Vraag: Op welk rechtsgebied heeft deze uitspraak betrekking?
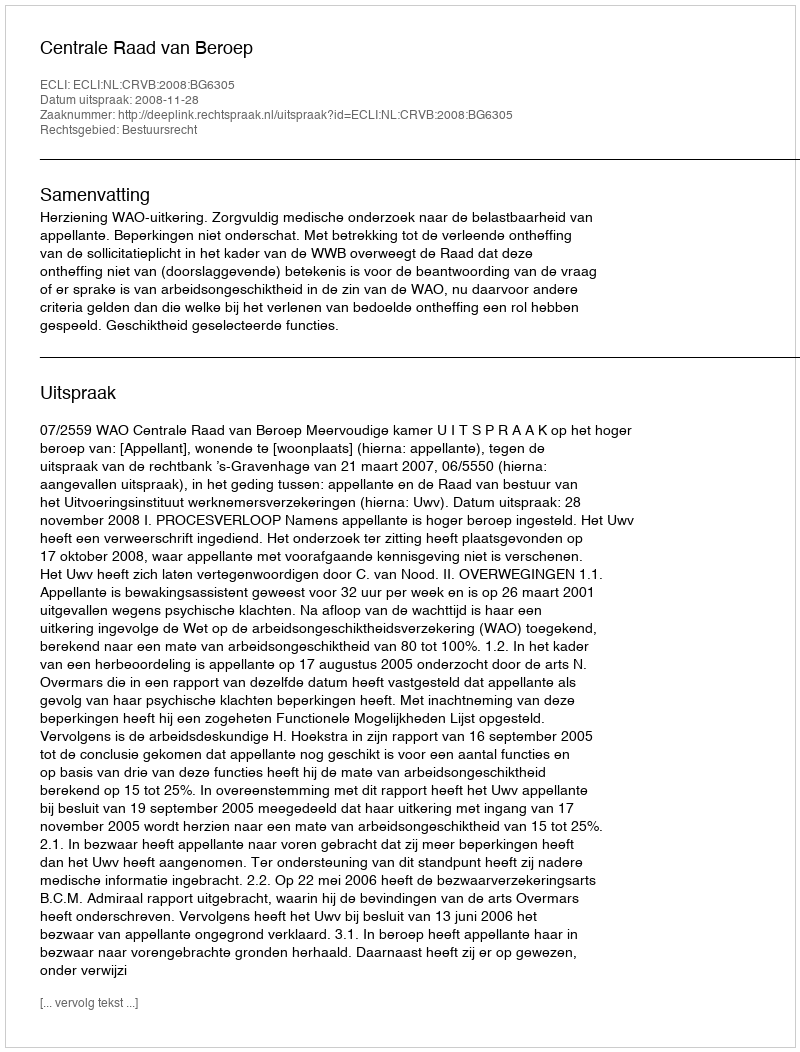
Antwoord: Bestuursrecht